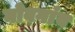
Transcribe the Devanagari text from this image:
नोवगांव